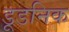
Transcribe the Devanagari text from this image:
डूडनिक